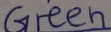
Text: Green